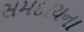
સમદાયના